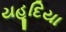
યહૂદિયા